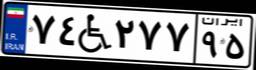
۵۴W۰۰۷۰۴